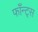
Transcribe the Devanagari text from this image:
फाँन्‍ट्‌स